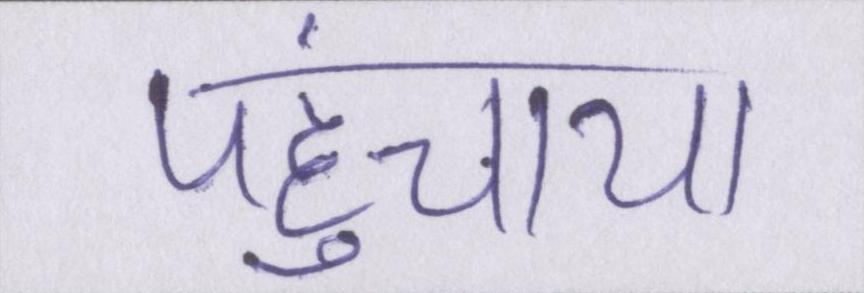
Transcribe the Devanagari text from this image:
पहुंचाया